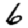
Digit: 6